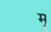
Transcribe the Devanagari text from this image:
मॄ